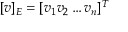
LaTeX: [ v ] _ { E } = [ v _ { 1 } v _ { 2 } \ldots v _ { n } ] ^ { T }